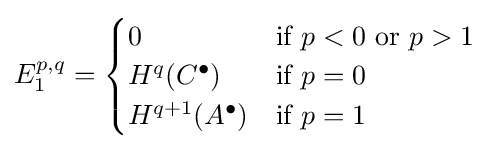
E_{1}^{p,q}={\begin{cases}0&{\text{if }}p<0{\text{ or }}p>1\\H^{q}(C^{\bullet })&{\text{if }}p=0\\H^{q+1}(A^{\bullet })&{\text{if }}p=1\end{cases}}